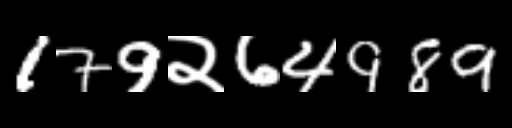
Text: 179२64989